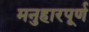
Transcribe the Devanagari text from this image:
मनुहारपूर्ण